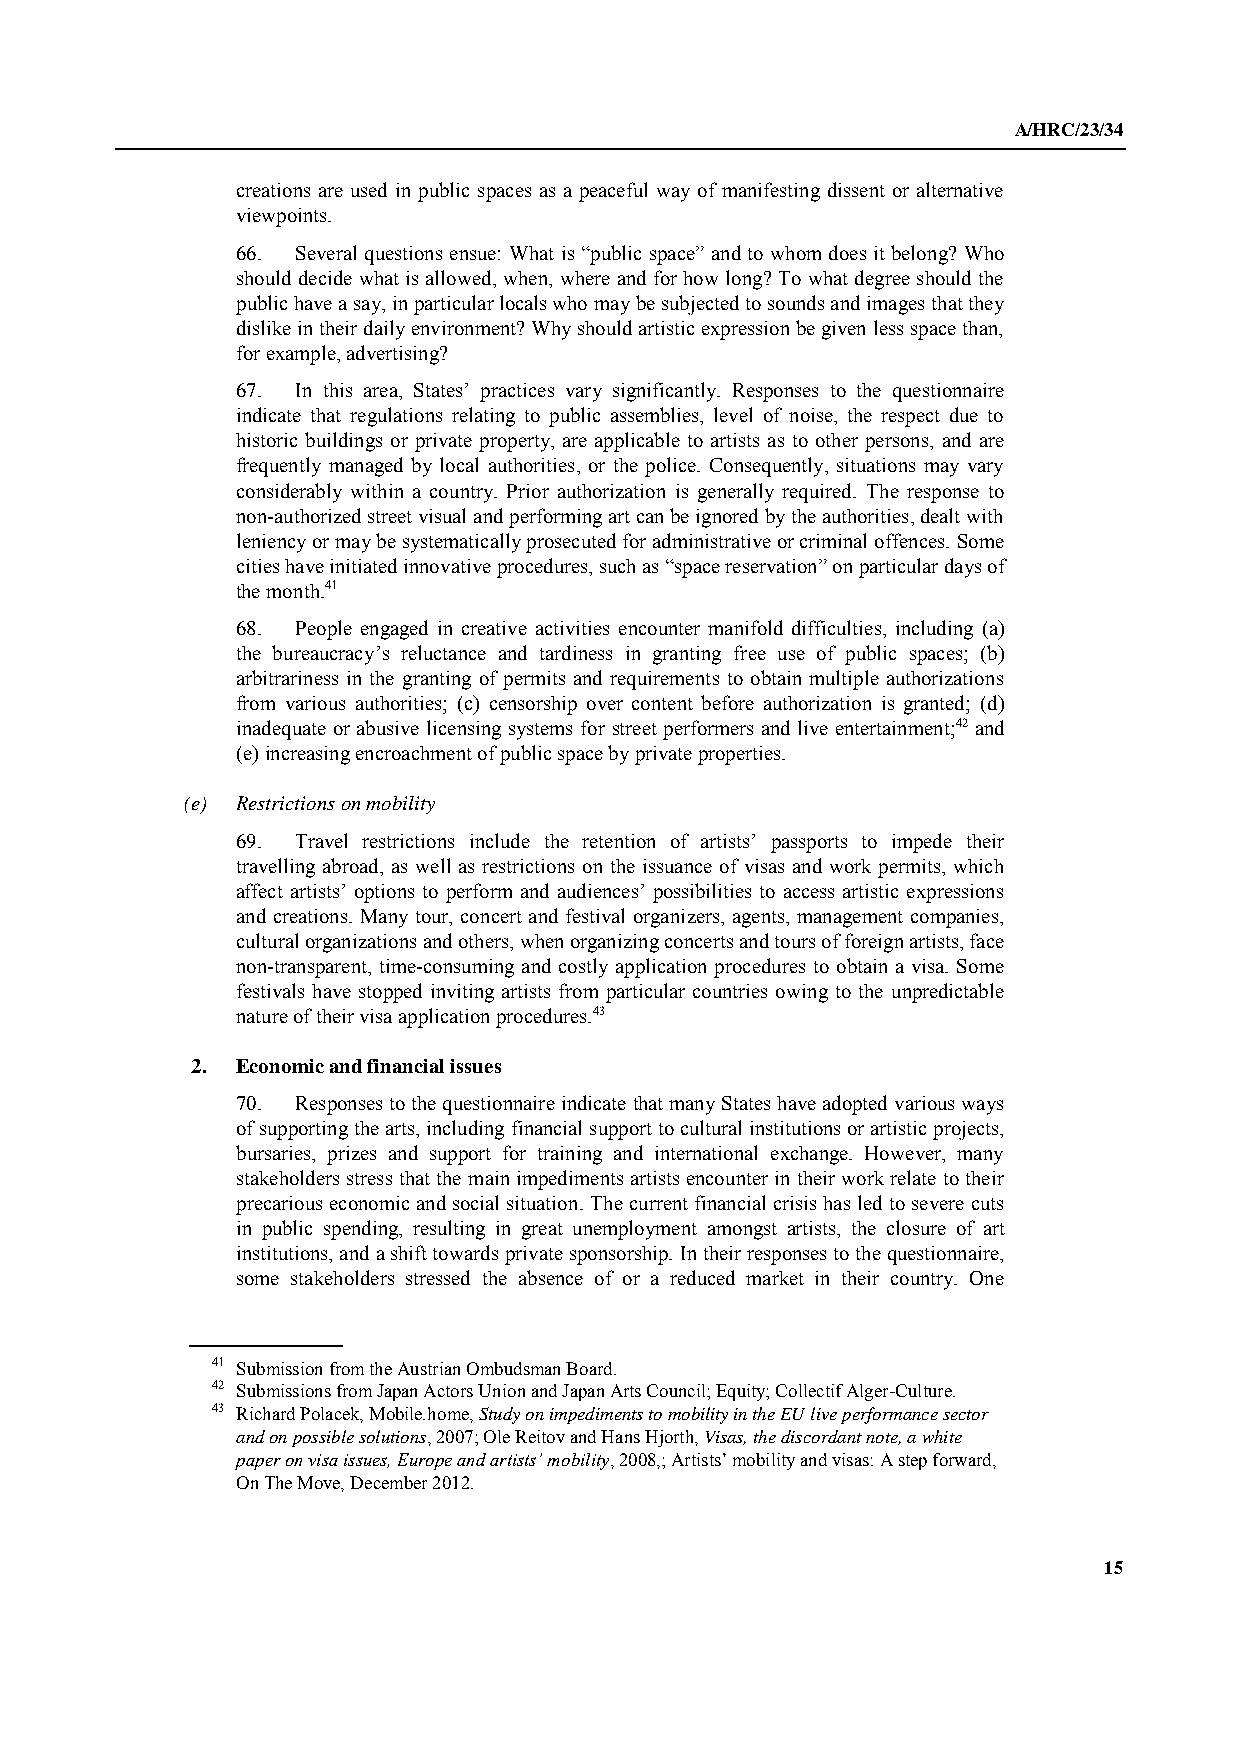
A/HRC/23/34
 creations are used in public spaces as a peaceful way of manifesting dissent or alternative
 viewpoints.
 66. Several questions ensue: What is “public space” and to whom does it belong? Who
 should decide what is allowed, when, where and for how long? To what degree should the
 public have a say, in particular locals who may be subjected to sounds and images that they
 dislike in their daily environment? Why should artistic expression be given less space than,
 for example, advertising?
 67. In this area, States’ practices vary significantly. Responses to the questionnaire
 indicate that regulations relating to public assemblies, level of noise, the respect due to
 historic buildings or private property, are applicable to artists as to other persons, and are
 frequently managed by local authorities, or the police. Consequently, situations may vary
 considerably within a country. Prior authorization is generally required. The response to
 non-authorized street visual and performing art can be ignored by the authorities, dealt with
 leniency or may be systematically prosecuted for administrative or criminal offences. Some
 cities have initiated innovative procedures, such as “space reservation” on particular days of
 the month.41
 68. People engaged in creative activities encounter manifold difficulties, including (a)
 the bureaucracy’s reluctance and tardiness in granting free use of public spaces; (b)
 arbitrariness in the granting of permits and requirements to obtain multiple authorizations
 from various authorities; (c) censorship over content before authorization is granted; (d)
 inadequate or abusive licensing systems for street performers and live entertainment;42 and
 (e) increasing encroachment of public space by private properties.
 (e) Restrictions on mobility
 69. Travel restrictions include the retention of artists’ passports to impede their
 travelling abroad, as well as restrictions on the issuance of visas and work permits, which
 affect artists’ options to perform and audiences’ possibilities to access artistic expressions
 and creations. Many tour, concert and festival organizers, agents, management companies,
 cultural organizations and others, when organizing concerts and tours of foreign artists, face
 non-transparent, time-consuming and costly application procedures to obtain a visa. Some
 festivals have stopped inviting artists from particular countries owing to the unpredictable
 nature of their visa application procedures.43
 2. Economic and financial issues
 70. Responses to the questionnaire indicate that many States have adopted various ways
 of supporting the arts, including financial support to cultural institutions or artistic projects,
 bursaries, prizes and support for training and international exchange. However, many
 stakeholders stress that the main impediments artists encounter in their work relate to their
 precarious economic and social situation. The current financial crisis has led to severe cuts
 in public spending, resulting in great unemployment amongst artists, the closure of art
 institutions, and a shift towards private sponsorship. In their responses to the questionnaire,
 some stakeholders stressed the absence of or a reduced market in their country. One
 41 Submission from the Austrian Ombudsman Board.
 42 Submissions from Japan Actors Union and Japan Arts Council; Equity; Collectif Alger-Culture.
 43 Richard Polacek, Mobile.home, Study on impediments to mobility in the EU live performance sector
 and on possible solutions, 2007; Ole Reitov and Hans Hjorth, Visas, the discordant note, a white
 paper on visa issues, Europe and artists’ mobility, 2008,; Artists’ mobility and visas: A step forward,
 On The Move, December 2012.
 15